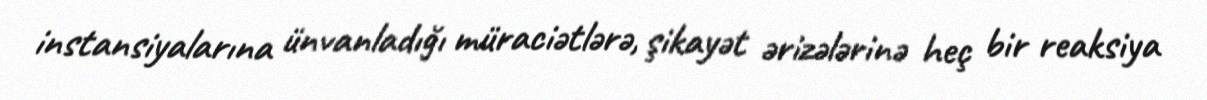
instansiyalarına ünvanladığı müraciətlərə, şikayət ərizələrinə heç bir reaksiya